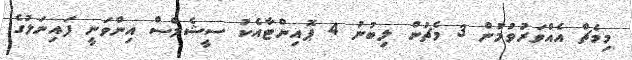
މިމެޗް އެއްވަރުވުމުން 3 މެޗުން ލިބުނު 4 ޕޮއިންޓާއެކު ސީޝެލްސް އިންވަނީ ފައިނަލުގެ